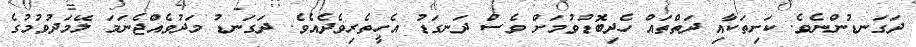
ދަގަނޑުންނެވެ. ކަށިތަކާއި ދަތްތައް ހެދިބޮޑުވުމަށް ވެސް ދަނގަޑު އެހީތެރިވެދެއެވެ. ދަގަނޑު މަދުވެއްޖެނަމަ ލޭމަދުވުމުގެ